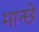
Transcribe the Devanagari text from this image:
मान्छे